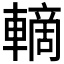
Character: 𲄽